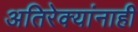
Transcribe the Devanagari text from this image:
अतिरेक्यांनाही